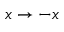
x \to - x